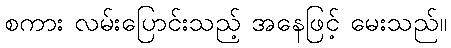
စကား လမ်းပြောင်းသည့် အနေဖြင့် မေးသည်။